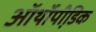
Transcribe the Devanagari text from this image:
ऑर्थोपी़डिक